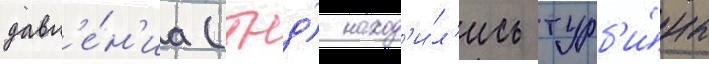
давл'е́н'иа (тнд) наход'и́л'ись турб'и́ны